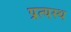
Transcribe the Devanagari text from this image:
प्रत्यस्थ